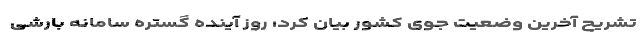
تشریح آخرین وضعیت جوی کشور بیان کرد: روز آینده گستره سامانه بارشی